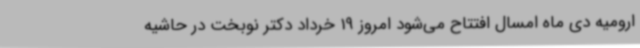
ارومیه دی ماه امسال افتتاح می‌شود امروز 19 خرداد دکتر نوبخت در حاشیه